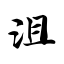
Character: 沮